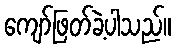
ကျော်ဖြတ်ခဲ့ပါသည်။